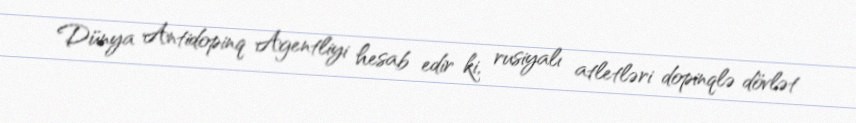
Dünya Antidopinq Agentliyi hesab edir ki, rusiyalı atletləri dopinqlə dövlət